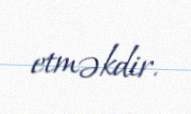
etməkdir.